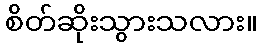
စိတ်ဆိုးသွားသလား။